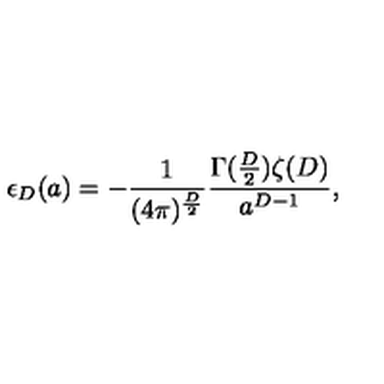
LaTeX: \epsilon _ { D } ( a ) = - \frac { 1 } { ( 4 \pi ) ^ { \frac { D } { 2 } } } \frac { \Gamma ( \frac { D } { 2 } ) \zeta ( D ) } { a ^ { D - 1 } } ,